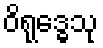
ဝိရုဒ္ဓေသု